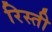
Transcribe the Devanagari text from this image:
रिस्ती